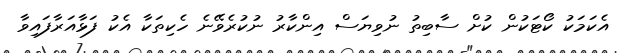
އެކަމަކު ކޯޓަކުން ކުށް ސާބިތު ނުވިޔަސް އިންކާރު ނުކުރެވޭނެ ހެކިތަކާ އެކު ފަޅާއަރާފައިވާ